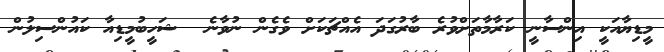
މީޑިޔާއަކީ އިންސާނީ ކަރާމާތަށްވުރެ ބާރުގަދަ އެއްޗަކަށް ވެގެން ނުވާނެ  ޝަހީބުމީޑިއާ ކައުންސިލުން